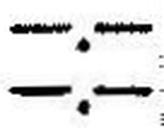
—.—